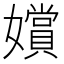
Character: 𫲐